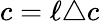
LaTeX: c=\ell\triangle c